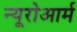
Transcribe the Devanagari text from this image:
न्यूरोआर्म